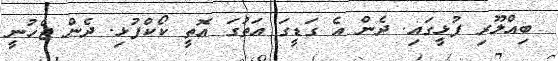
ބިއްލޫރި ފުޅީގައި. ދެން އެ ގަޑީގަ އަތުގަ އޮތީ ކޯކްފުޅި. ދެން ޖެހުނީ